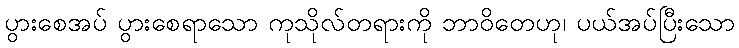
ပွားစေအပ် ပွားစေရာသော ကုသိုလ်တရားကို ဘာဝိတေဟု၊ ပယ်အပ်ပြီးသော